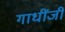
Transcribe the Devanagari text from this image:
गाधींजी